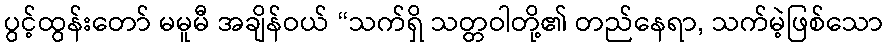
ပွင့်ထွန်းတော် မမူမီ အချိန်ဝယ် “သက်ရှိ သတ္တဝါတို့၏ တည်နေရာ, သက်မဲ့ဖြစ်သော